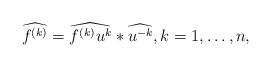
LaTeX: \begin{align*}\widehat{f^{(k)}}=\widehat{f^{(k)}u^k}*\widehat{u^{-k}},k=1,\ldots,n,\end{align*}